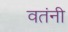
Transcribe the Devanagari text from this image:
वतंनी